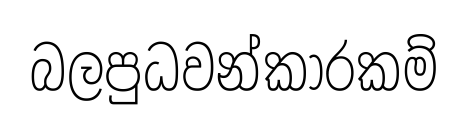
බලපුධවන්කාරකම්